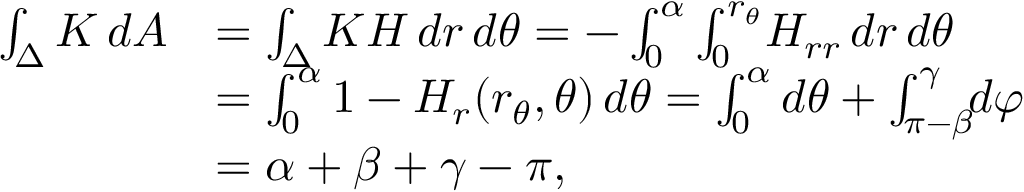
{ \begin{array} { r l } { \int _ { \Delta } K \, d A } & { = \int _ { \Delta } K H \, d r \, d \theta = - \int _ { 0 } ^ { \alpha } \int _ { 0 } ^ { r _ { \theta } } \! H _ { r r } \, d r \, d \theta } \\ & { = \int _ { 0 } ^ { \alpha } 1 - H _ { r } ( r _ { \theta } , \theta ) \, d \theta = \int _ { 0 } ^ { \alpha } d \theta + \int _ { \pi - \beta } ^ { \gamma } \! \! d \varphi } \\ & { = \alpha + \beta + \gamma - \pi , } \end{array} }